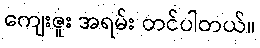
ကျေးဇူး အရမ်း တင်ပါတယ်။